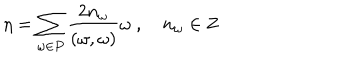
\eta = \sum _ { \omega \in P } \frac { 2 n _ { \omega } } { ( \omega , \omega ) } \omega \ , n _ { \omega } \in { \bf Z }